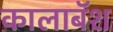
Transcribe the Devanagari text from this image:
कालाबॅश